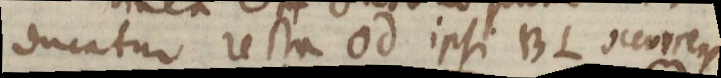
ducatur recta od ipsi BL occurrens